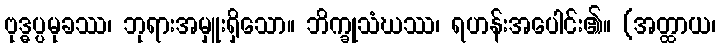
ဗုဒ္ဓပ္ပမုခဿ၊ ဘုရားအမှူးရှိသော။ ဘိက္ခုသံဃဿ၊ ရဟန်းအပေါင်း၏။ (အတ္ထာယ၊